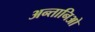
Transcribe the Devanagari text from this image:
अन्तानिओ